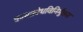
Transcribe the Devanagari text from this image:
कामक्रोधविनिर्मुक्ताः